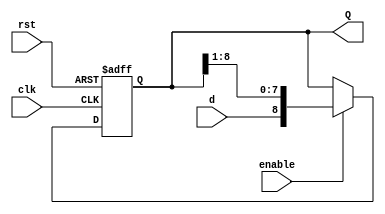
`timescale 1ns / 1ps
//////////////////////////////////////////////////////////////////////////////////
//  Company: ITESO
//  Engineers: Braulio Martinez Aceves, Jorge Alberto Padilla Gutierrez
//  Module Description: Parametric Right Shift Register
//////////////////////////////////////////////////////////////////////////////////
module Shift_Register_R_Param #(parameter width = 9)
    (
    input clk,
    input rst,
    input enable,
    input d,
    output reg [width-1:0] Q
    );
always @(posedge rst, posedge clk)
	begin
		if (rst)
			Q <= {width{1'b0}};
		else
			if (enable)
				Q <= {d,Q[width-1:1]};
	end
endmodule